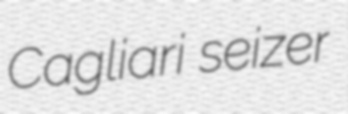
Cagliari seizer